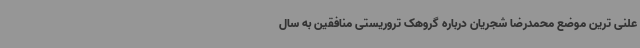
علنی ترین موضع محمدرضا شجریان درباره گروهک تروریستی منافقین به سال